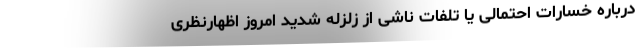
درباره خسارات احتمالی یا تلفات ناشی از زلزله شدید امروز اظهارنظری